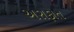
અરાફાત